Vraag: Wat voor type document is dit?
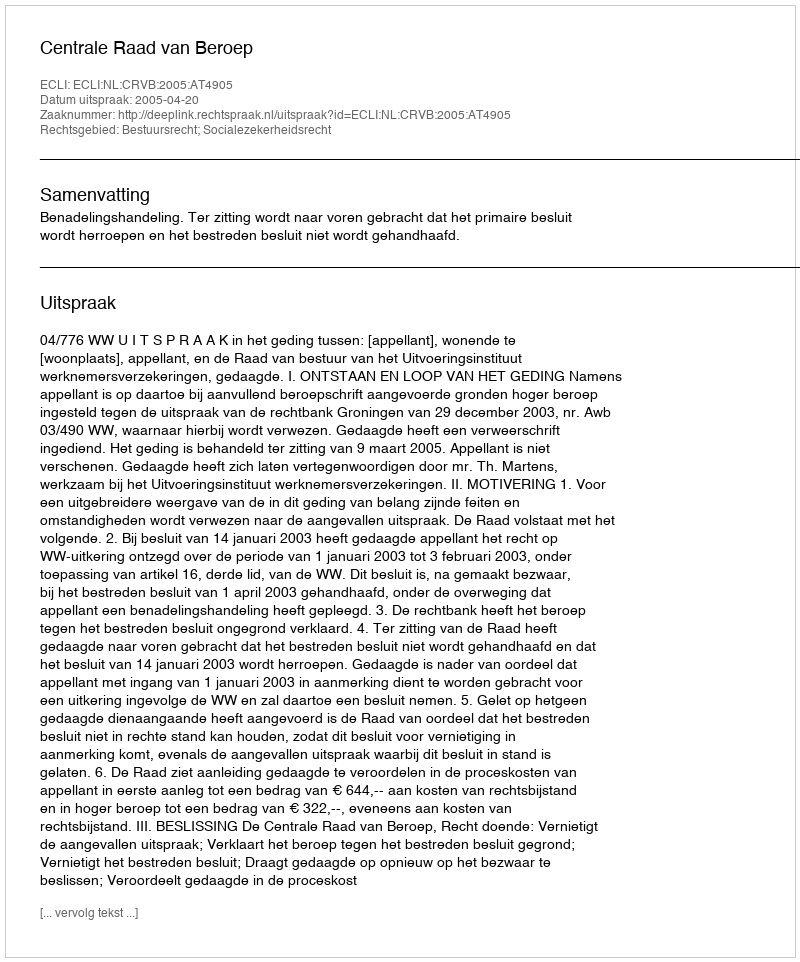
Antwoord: Uitspraak